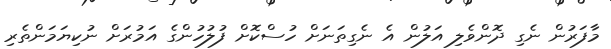
މާފަރުން ނެގި ދޮންވެލި އަލުން އެ ނެގިތަނަށް ހުސްކޮށް ފުލުހުންގެ އަމުރަށް ނުކިޔަމަންތެރި